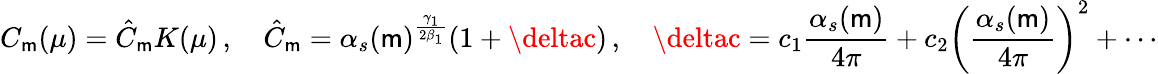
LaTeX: C_{\mathsf{m}}(\mu)=\hat{{C}}_{\mathsf{m}}K(\mu)\, ,\quad\hat{{C}}_{\mathsf{m}}=\alpha_{s}(\mathsf{m})^{\frac{{\gamma_{1}}}{{2\beta_{1}}}}(1+\deltac)\, ,\quad\deltac=c_{1}\frac{{\alpha_{s}(\mathsf{m})}}{{4\pi}}+c_{2}\left(\frac{{\alpha_{s}(\mathsf{m})}}{{4\pi}}\right)^{2}+\cdots